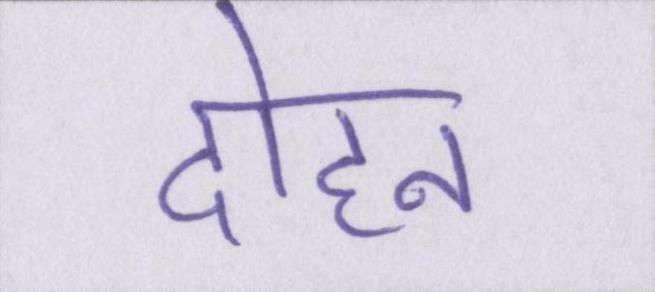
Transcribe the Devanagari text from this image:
दोहन